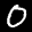
Label: 0